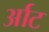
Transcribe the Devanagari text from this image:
र्आट